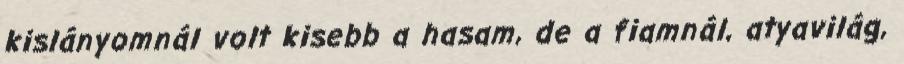
kislányomnál volt kisebb a hasam, de a fiamnál, atyavilág,